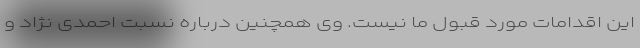
این اقدامات مورد قبول ما نیست. وی همچنین درباره نسبت احمدی نژاد و